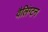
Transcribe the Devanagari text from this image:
वैलिंग्टन